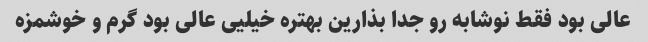
عالی بود فقط نوشابه رو جدا بذارین بهتره خیلیی عالی بود گرم و خوشمزه